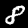
Label: 8